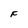
Character: F